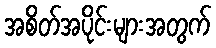
အစိတ်အပိုင်းများအတွက်